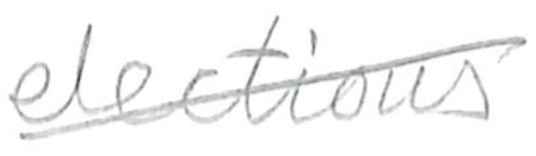
Text: elections
Cross-out: diagonal
Writing tool: pencil